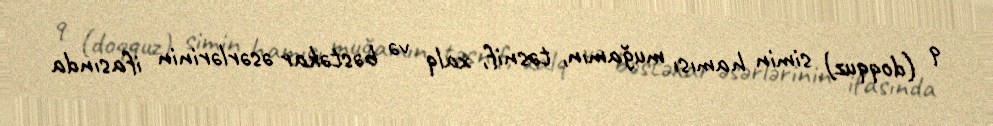
9 (doqquz) simin hamısı muğamın, təsnif, xalq və bəstəkar əsərlərinin ifasında